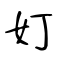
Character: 奵